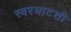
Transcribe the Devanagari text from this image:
स्वरघाटशी